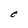
Character: O